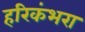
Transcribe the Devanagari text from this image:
हरिकंभरा